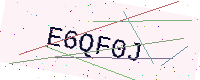
Text: E6QF0J